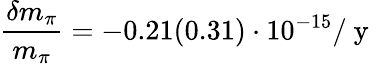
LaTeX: \frac{\delta m_{\pi}}{m_{\pi}}=-0.21(0.31)\cdot 10^{-15}/\mathrm{~y~}